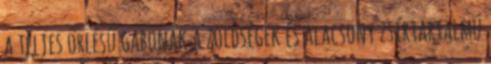
a teljes őrlésű gabonák a zöldségek és alacsony zsírtartalmú